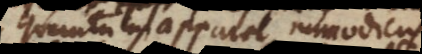
quantum apparet, immodicus